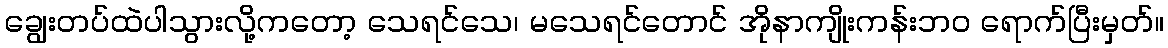
ချွေးတပ်ထဲပါသွားလို့ကတော့ သေရင်သေ၊ မသေရင်တောင် အိုနာကျိုးကန်းဘဝ ရောက်ပြီးမှတ်။